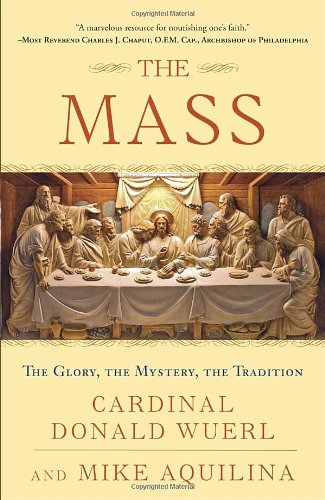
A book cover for The Mass: The Glory, the Mystery, the Tradition; Cardinal Donald Wuerl; Christian Books & Bibles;